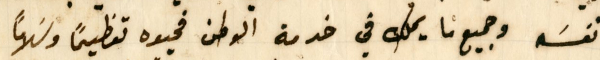
ونفسَه وجميع ما يملك في خدمة الوطن فحيوه تعظيمًا وسلامًا